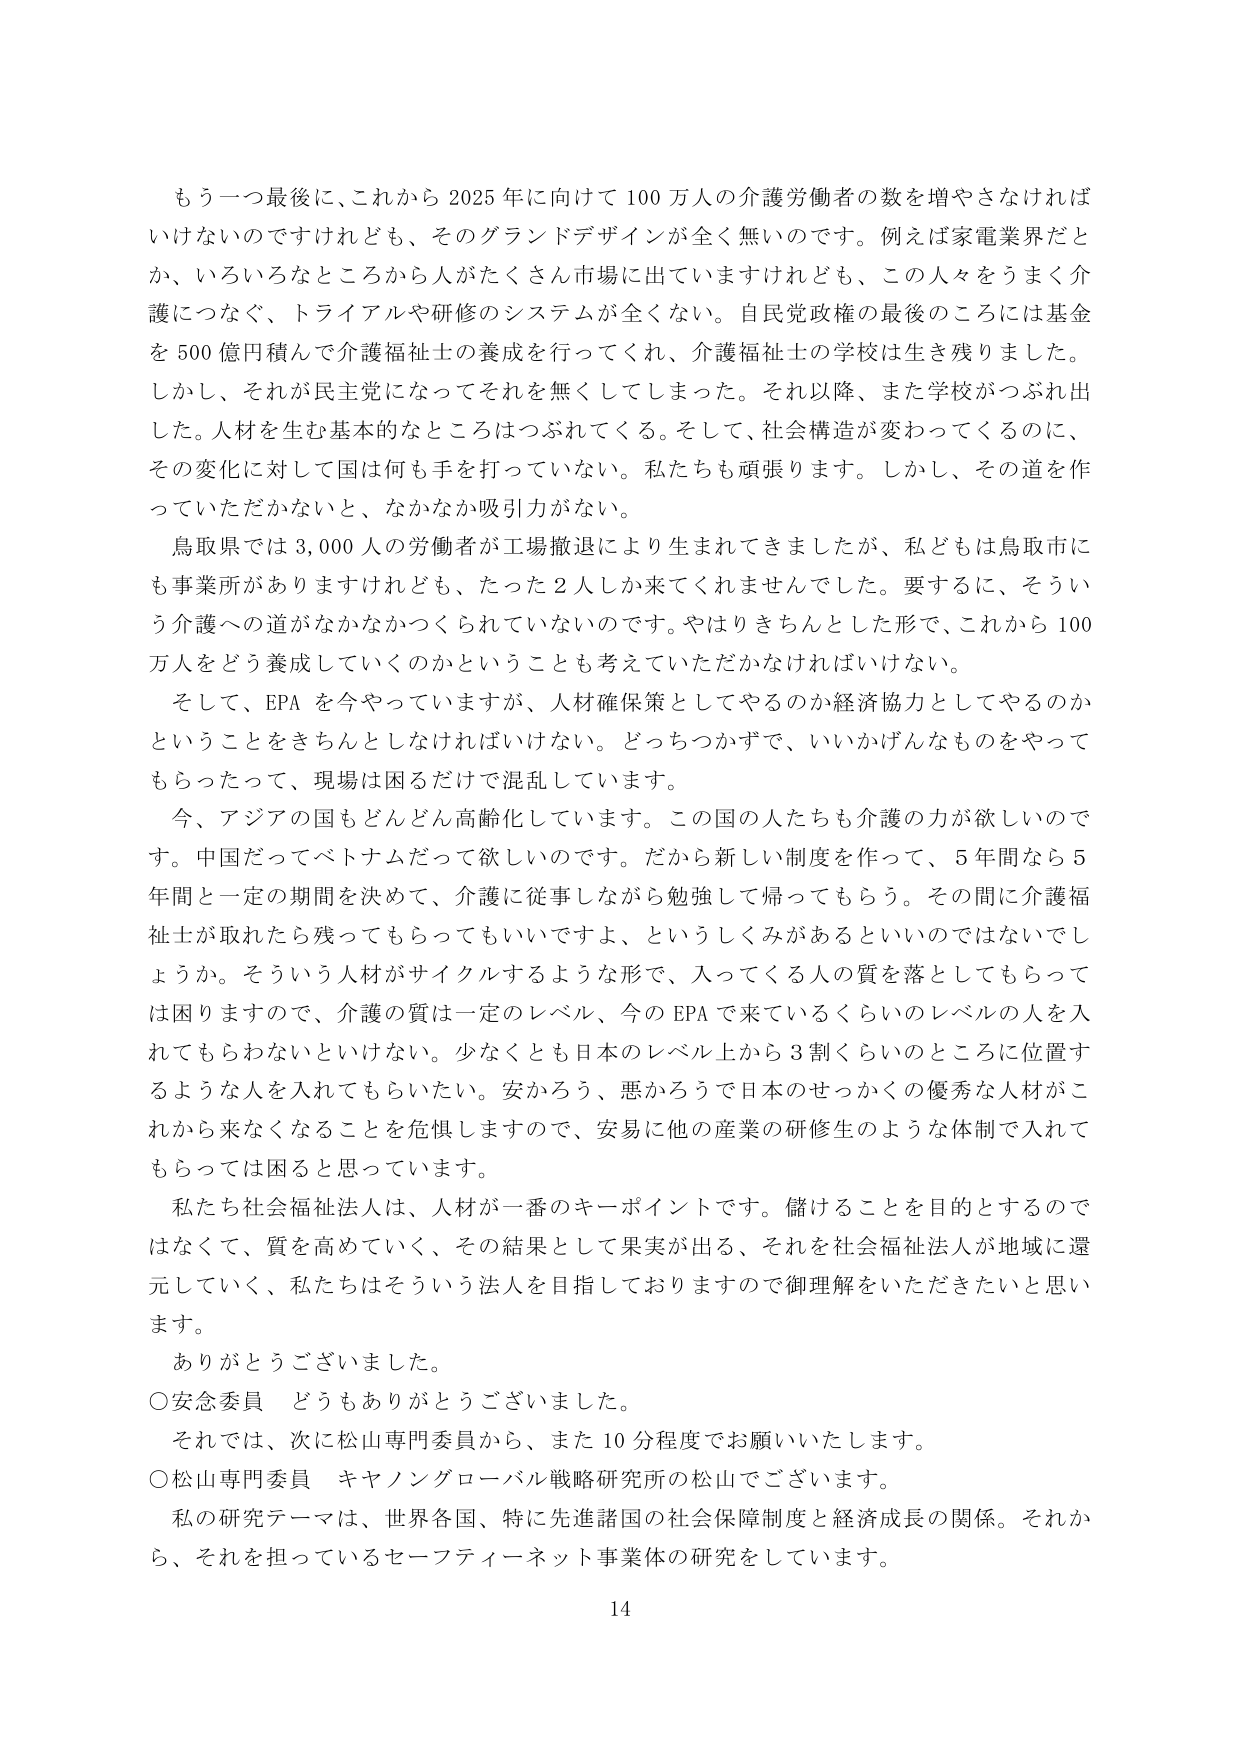
もう一つ最後に、これから2025年に向けて100万人の介護労働者の数を増やさなければいけないのですけれども、そのグランドデザインが全く無いのです。例えば家電業界だとか、いろいろなところから人がたくさん市場に出ていますけれども、この人々をうまく介護につなぐ、トライアルや研修のシステムが全くない。自民党政権の最後のころには基金を500億円積んで介護福祉士の養成を行ってくれ、介護福祉士の学校は生き残りました。しかし、それが民主党になってそれを無くしてしまった。それ以降、また学校がつぶれ出した。人材を生む基本的なところはつぶれてくる。そして、社会構造が変わってくるのに、その変化に対して国は何も手を打っていない。私たちも頑張ります。しかし、その道を作っていただかないと、なかなか吸引力がない。

鳥取県では3,000人の労働者が工場撤退により生まれてきましたが、私どもは鳥取市にも事業所がありますけれども、たった2人しか来てくれませんでした。要するに、そういう介護への道がなかなかつくれていないのです。やはりきちんとした形で、これから100万人をどう養成していくのかということも考えていただかなければいけない。

そして、EPAを今やっていますが、人材確保策としてやるのか経済協力としてやるのかということをきちんとしてなければいけない。どっちつかずで、いいかげんなものをやってもらったって、現場は困るだけで混乱しています。

今、アジアの国もどんどん高齢化しています。この国の人たちも介護の力が欲しいのです。中国だってベトナムだって欲しいのです。だから新しい制度を作って、5年間なら5年間と一定の期間を決めて、介護に従事しながら勉強して帰ってもらう。その間に介護福祉士が取れたら残ってもらってもいいですよ、というしくみがあるといいのではないでしょうか。そういう人材がサイクルするような形で、入ってくる人の質を落としてもらっては困りますので、介護の質は一定のレベル、今のEPAで来ているくらいのレベルの人を入れてもらわないといけない。少なくとも日本のレベル上から3割くらいのところに位置するような人を入れてもらいたい。安かろう、悪かろうで日本のせっかくの優秀な人材がこれから来なくなることを危惧しますので、安易に他の産業の研修生のような体制で入れてもらっては困ると思っています。

私たち社会福祉法人は、人材が一番のキーポイントです。儲けることを目的とするのではなくて、質を高めていく、その結果として果実が出る、それを社会福祉法人が地域に還元していく、私たちはそういう法人を目指しておりますので御理解をいただきたいと思います。

ありがとうございました。

○安念委員　どうもありがとうございました。

それでは、次に松山専門委員から、また10分程度でお願いいたします。

○松山専門委員　キャノングローバル戦略研究所の松山でございます。

私の研究テーマは、世界各国、特に先進諸国の社会保障制度と経済成長の関係。それから、それを担っているセーフティーネット事業体の研究をしています。

14